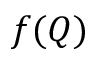
f ( Q )